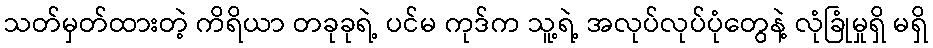
သတ်မှတ်ထားတဲ့ ကိရိယာ တခုခုရဲ့ ပင်မ ကုဒ်က သူ့ရဲ့ အလုပ်လုပ်ပုံတွေနဲ့ လုံခြုံမှုရှိ မရှိ